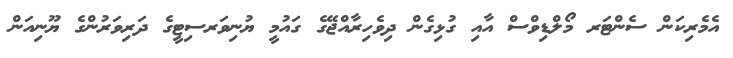
އެމެރިކަން ސެންޓަރ މޯލްޑިވްސް އާއި ގުޅިގެން ދިވެހިރާއްޖޭގެ ގައުމީ ޔުނިވަރސިޓީގެ ދަރިވަރުންގެ ޔޫނިއަން